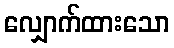
လျှောက်ထားသော